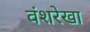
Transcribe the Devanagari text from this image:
वंशरेखा